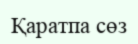
Қаратпа сөз